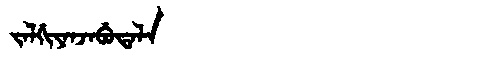
Manchu: ᠵᠠᠯᡤᡳᠶᠠᠨᠵᠠᠪᡠᡨᠠᠯᠠ
Romanization: JALGIYANJABUTALA